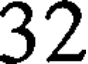
32